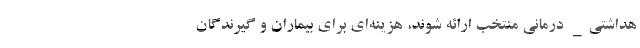
هداشتی_ درمانی منتخب ارائه شوند، هزینه‌ای برای بیماران و گیرندگان